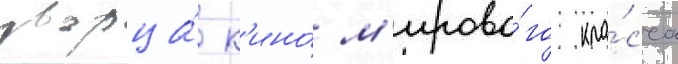
дворца́ к'ино́ м'ирово́го кла́сса